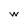
Character: w